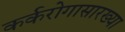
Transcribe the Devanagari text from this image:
कर्करोगासारख्या